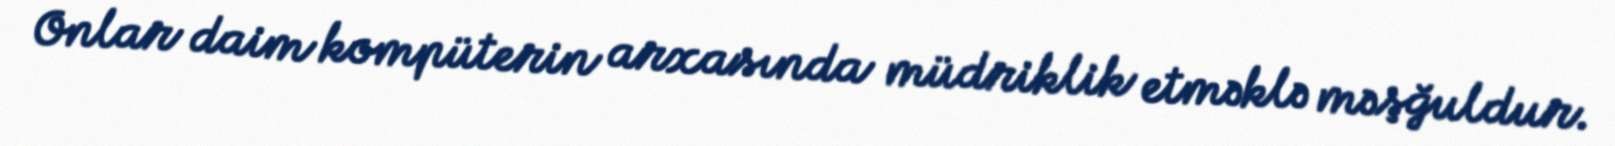
Onlar daim kompüterin arxasında müdriklik etməklə məşğuldur.